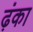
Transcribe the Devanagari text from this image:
ढ़ंका